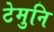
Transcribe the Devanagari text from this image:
टेमुनि